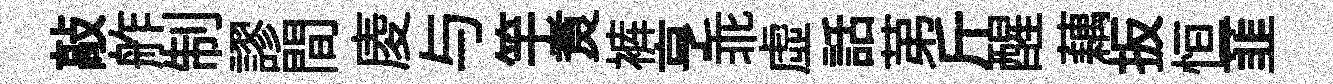
敲舴制謬間庱与竿煑裤亨乖虛話苐斤醒藕扳恒韮